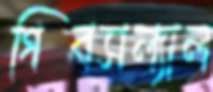
গিবসল্যাল